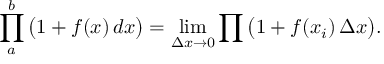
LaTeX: \prod _ { a } ^ { b } { \big ( } 1 + f ( x ) \, d x { \big ) } = \operatorname* { l i m } _ { \Delta x \to 0 } \prod { \big ( } 1 + f ( x _ { i } ) \, \Delta x { \big ) } .